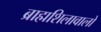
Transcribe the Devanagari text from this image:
ब्राह्मशिलावालों